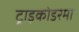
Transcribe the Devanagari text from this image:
ट्राइकोडरमा